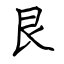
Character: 艮